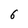
Character: 6